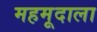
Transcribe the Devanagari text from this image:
महमूदाला